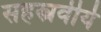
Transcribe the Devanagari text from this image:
सहस्त्रवीर्य